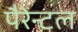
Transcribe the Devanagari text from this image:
पैरेन्टल